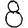
Digit: 8